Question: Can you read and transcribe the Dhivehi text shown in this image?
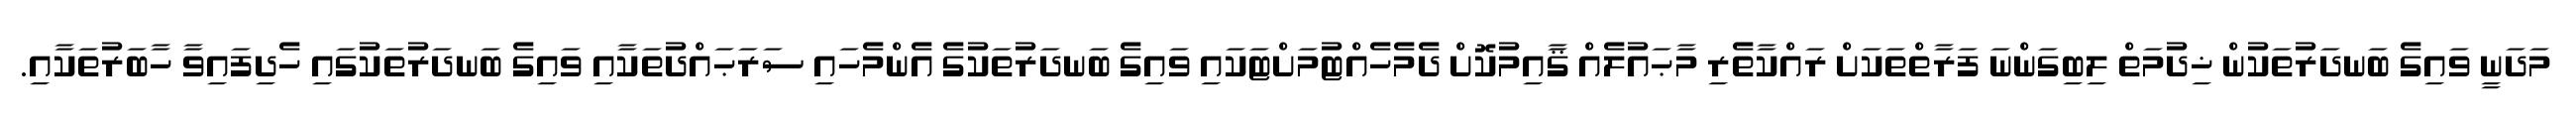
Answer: މަދަނީ ވައިގެ ބަނދަރުތަކުން ޚިދުމަތް ލިބިގަންނަ ފަރާތްތަކަށް ރައްކާތެރި މާޙައުލެއް ޤާއިމުކޮށް ދެމެހެއްޓުމަށްޓަކައި ވައިގެ ބަނދަރުތަކުގެ އެންމެހައި ސަރަޙައްދުތަކާއި ވައިގެ ބަނދަރުތަކުގައި ހެދިފައިވާ ހާބަރުތަކާއި.